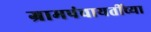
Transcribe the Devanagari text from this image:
ग्रामपंचायतींच्या